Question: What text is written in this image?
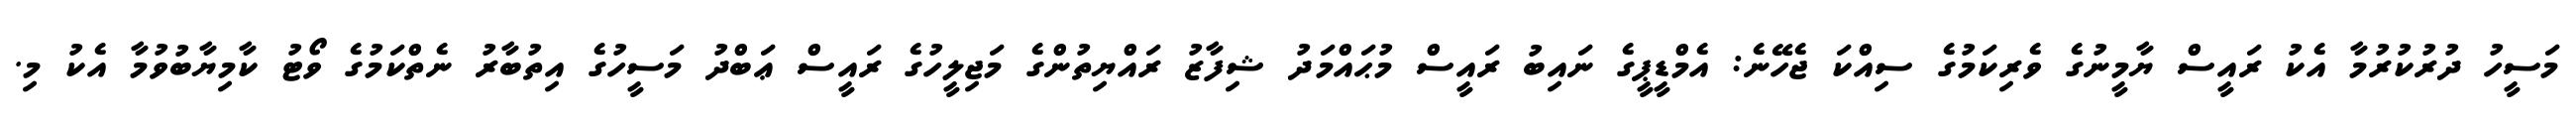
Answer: މަސީހު ދުރުކުރުމާ އެކު ރައީސް ޔާމީނުގެ ވެރިކަމުގެ ސިއްކަ ޖެހޭނެ: އެމްޑީޕީގެ ނައިބު ރައީސް މުޙައްމަދު ޝިފާޒު ރައްޔިތުންގެ މަޖިލީހުގެ ރައީސް ޢަބްދު މަސީހުގެ އިތުބާރު ނެތްކަމުގެ ވޯޓު ކާމިޔާބުވުމާ އެކު މި.